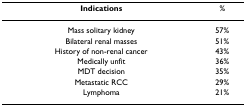
<table><thead><tr><td><b>Indications</b></td><td><b>%</b></td></tr></thead><tbody><tr><td>Mass solitary kidney</td><td>57%</td></tr><tr><td>Bilateral renal masses</td><td>51%</td></tr><tr><td>History of non-renal cancer</td><td>43%</td></tr><tr><td>Medically unfit</td><td>36%</td></tr><tr><td>MDT decision</td><td>35%</td></tr><tr><td>Metastatic RCC</td><td>29%</td></tr><tr><td>Lymphoma</td><td>21%</td></tr></tbody></table>